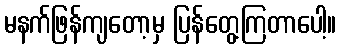
မနက်ဖြန်ကျတော့မှ ပြန်တွေ့ကြတာပေါ့။